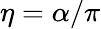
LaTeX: \eta=\alpha/\pi